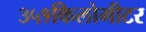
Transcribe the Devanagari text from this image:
३५१किलोमीटर